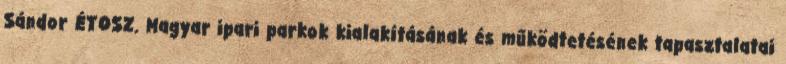
Sándor ÉTOSZ. Magyar ipari parkok kialakításának és működtetésének tapasztalatai